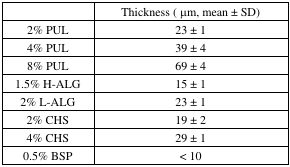
|  | Thickness (μm, mean ± SD) |
 | --- | --- |
 | 2% PUL | 23 ± 1 |
 | 4% PUL | 39 ± 4 |
 | 8% PUL | 69 ± 4 |
 | 1.5% H-ALG | 15 ± 1 |
 | 2% L-ALG | 23 ± 1 |
 | 2% CHS | 19 ± 2 |
 | 4% CHS | 29 ± 1 |
 | 0.5% BSP | < 10 |